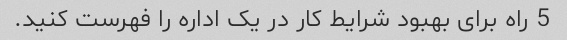
5 راه برای بهبود شرایط کار در یک اداره را فهرست کنید.